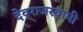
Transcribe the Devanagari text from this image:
देवराजस्वामी